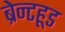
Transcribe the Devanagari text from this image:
ब्रेन्टहूड